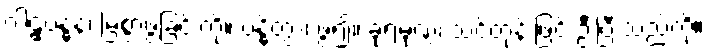
ဂါဠှဗန္ဓနံ၊ မြဲစွာဖွဲ့ခြင်းကို။ ဗန္ဓိတွာ၊ ဖွဲ့၍။ ခုရမုဏ္ဍံ၊ သင်တုန်းဖြင့် ဦးပြီးသည်ကို။